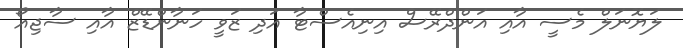
ލަޔޮނަލް މެސީ އާއި އަންދްރޭސް އިނިއެސްޓާ އަދި ޒަވީ ހަނާންޑޭޒް އާއި ސާޖިއޯ